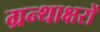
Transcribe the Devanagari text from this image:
ग्रन्थाक्षरों